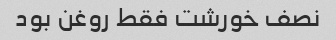
نصف خورشت فقط روغن بود